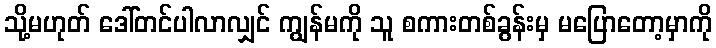
သို့မဟုတ် ဒေါ်တင်ပါလာလျှင် ကျွန်မကို သူ စကားတစ်ခွန်းမှ မပြောတော့မှာကို